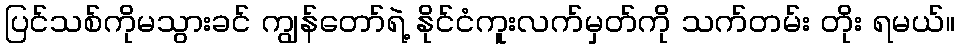
ပြင်သစ်ကိုမသွားခင် ကျွန်တော်ရဲ့ နိုင်ငံကူးလက်မှတ်ကို သက်တမ်း တိုး ရမယ်။